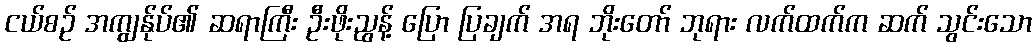
ငယ်စဉ် အကျွန်ုပ်၏ ဆရာကြီး ဦးဖိုးညွန့် ပြော ပြချက် အရ ဘိုးတော် ဘုရား လက်ထက်က ဆက် သွင်းသော